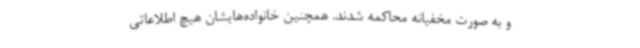
و به صورت مخفیانه محاکمه شدند. همچنین خانواده‌هایشان هیچ اطلاعاتی